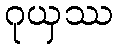
ဂုယှဿ